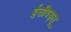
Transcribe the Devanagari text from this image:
ईसीबड्लू